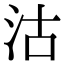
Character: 沽